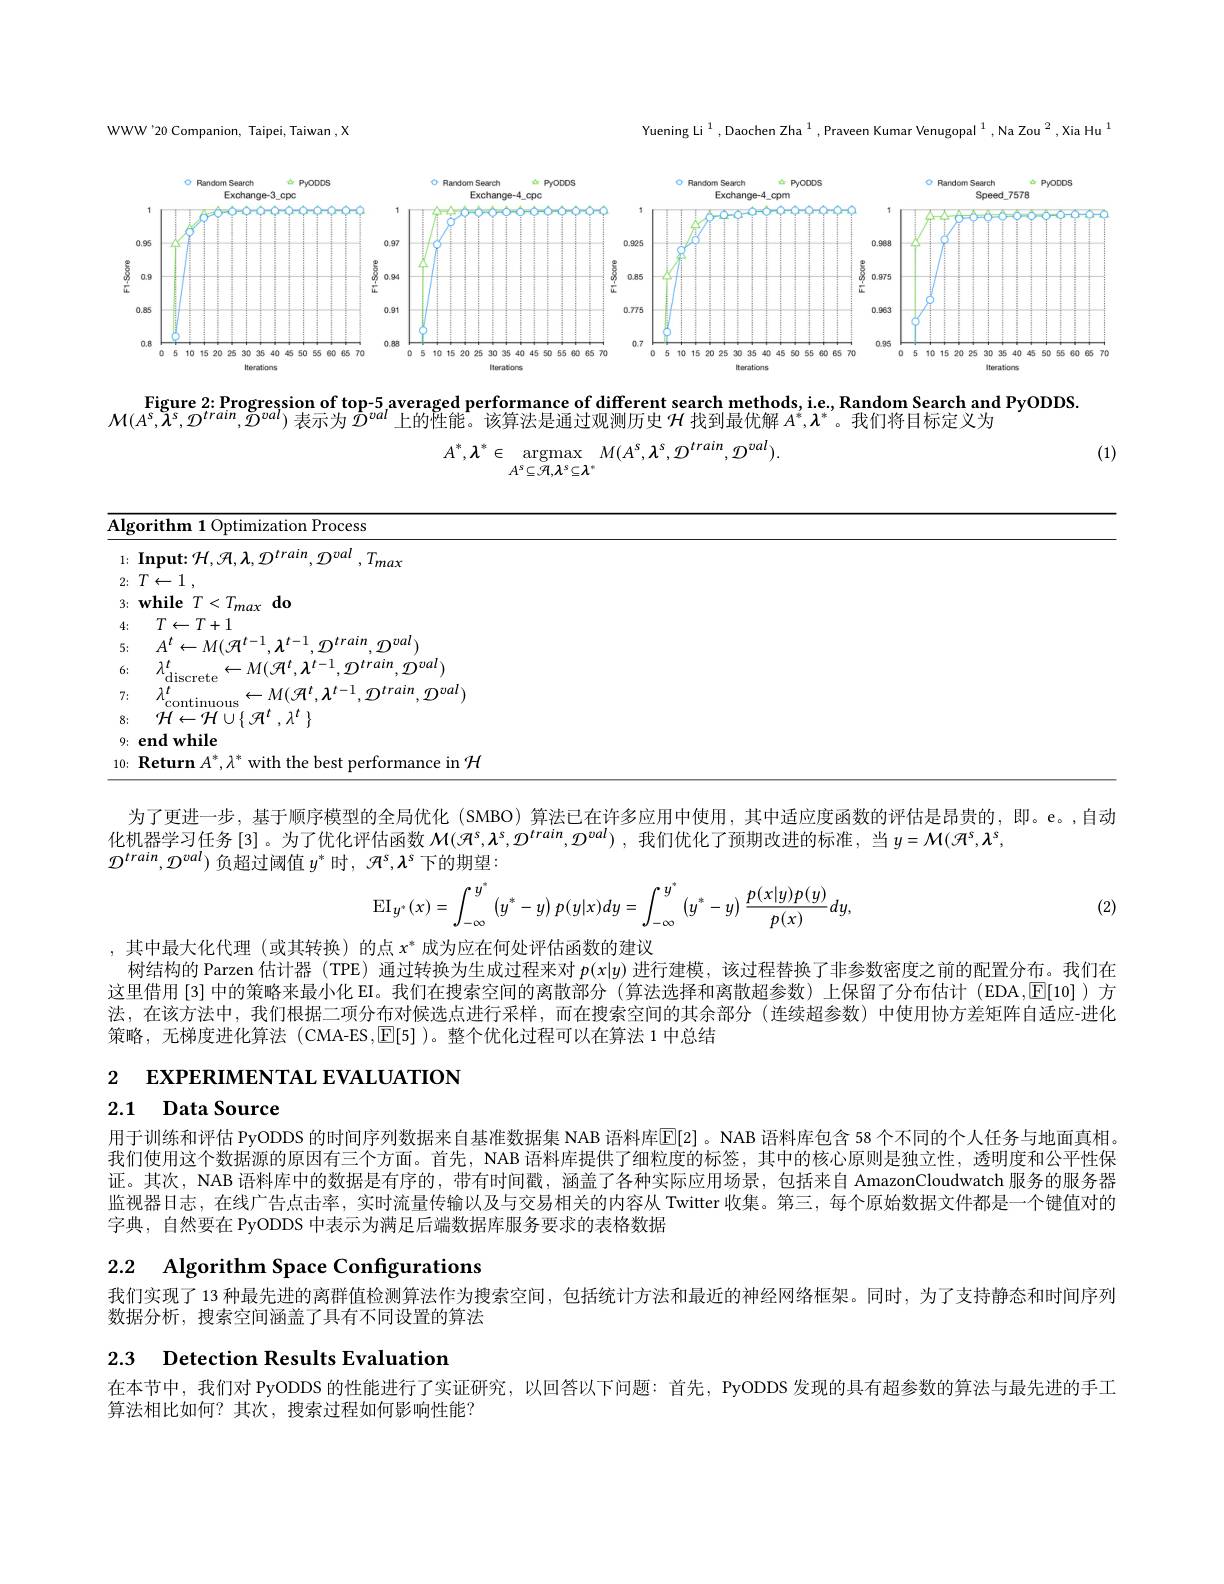
<FigureHere>

化机器学习任务 [3]。为了优化评估函数$\mathcal{M}(\mathcal{H}^s,\boldsymbol{\lambda}^s,\mathcal{D}^{train},\mathcal{D}^{val})$ ,我们优化了预期改进的标准，当$y=\mathcal{M}(\mathcal{H}^s,\boldsymbol{\lambda}^s$,

$\mathcal{D}^{train},\mathcal{D}^{val}$)负超过阈值 $y^*$ 时$,\mathcal{A}^s,\mathcal{\lambda}^s$下的期望：
$$\operatorname{EI}_{y^*}(x)=\int_{-\infty}^{y^*}\left(y^*-y\right)p(y|x)dy=\int_{-\infty}^{y^*}\left(y^*-y\right)\frac{p(x|y)p(y)}{p(x)}dy,$$
(2)

,其中最大化代理(或其转换)的点$x^*$成为应在何处评估函数的建议
树结构的 Parzen 估计器 (TPE) 通过转换为生成过程来对$p(x|y)$进行建模，该过程替换了非参数密度之前的配置分布。我们在这里借用[3]中的策略来最小化 EI。我们在搜索空间的离散部分 (算法选择和离散超参数) 上保留了分布估计 (EDA,$\overline{\mathbb{E}}[10]$ )方法，在该方法中，我们根据二项分布对候选点进行采样，而在搜索空间的其余部分(连续超参数)中使用协方差矩阵自适应-进化策略，无梯度进化算法 (CMA-ES,[E[5] )。整个优化过程可以在算法 1 中总结

2 EXPERIMENTAL EVALUATION

## 2.1 Data Source

用于训练和评估 PyODDS 的时间序列数据来自基准数据集 NAB 语料库$\mathbb{E}[2]$。NAB 语料库包含 58 个不同的个人任务与地面真相。我们使用这个数据源的原因有三个方面。首先，NAB 语料库提供了细粒度的标签，其中的核心原则是独立性，透明度和公平性保证。其次，NAB 语料库中的数据是有序的，带有时间戳，涵盖了各种实际应用场景，包括来自 AmazonCloudwatch 服务的服务器监视器日志，在线广告点击率，实时流量传输以及与交易相关的内容从 Twitter 收集。第三，每个原始数据文件都是一个键值对的字典，自然要在 PyODDS 中表示为满足后端数据库服务要求的表格数据

2.2 Algorithm Space Configurations

我们实现了 13 种最先进的离群值检测算法作为搜索空间，包括统计方法和最近的神经网络框架。同时，为了支持静态和时间序列
数据分析，搜索空间涵盖了具有不同设置的算法

2.3 Detection Results Evaluation

在本节中，我们对 PyODDS 的性能进行了实证研究，以回答以下问题：首先，PyODDS 发现的具有超参数的算法与最先进的手工
算法相比如何？其次，搜索过程如何影响性能？